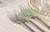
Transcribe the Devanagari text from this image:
बुद्धपालत